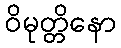
ဝိမုတ္တိနော